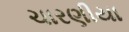
ચારણીયા